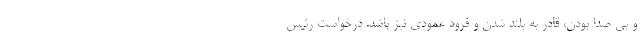
و بی صدا بودن، قادر به بلند شدن و فرود عمودی نیز باشد. درخواست رئیس